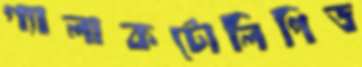
গ্যালাকটোলিপিড